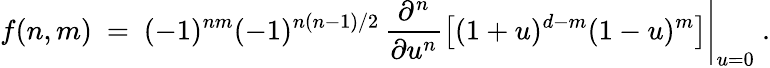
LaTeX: f(n,m)~=~(-1)^{nm}(-1)^{n(n-1)/2}\, \left.\frac{\partial^{n}}{\partial u^{n}}\left[(1+u)^{d-m}(1-u)^{m}\right]\right|_{u=0}~.